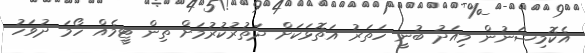
އެކޮމިޝަނުން މިއަދު ބުނީ ހަތަރު އަތޮޅަކަށް ދަތުރުކުރުމަށް ތިން ޓީމެއް ހޯމަ ދުވަހު